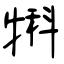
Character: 犐